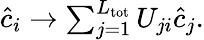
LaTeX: \begin{array}{r}{\hat{c}_{i}\rightarrow\sum_{j=1}^{{L}_{\mathrm{tot}}}U_{ji}\hat{c}_{j}.}\end{array}